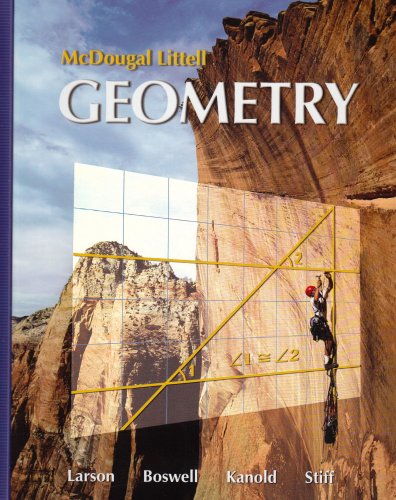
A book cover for Geometry (Holt McDougal Larson Geometry); Ron Larson; Science & Math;